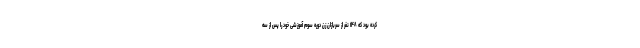
کرده بود که ۱۴۸ نفر از سربازان زن دوره سوم آموزشی خود را پس از سه